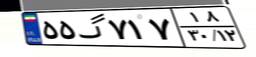
۵۵گ۷۱۷۱۸